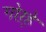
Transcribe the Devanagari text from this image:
गोऱ्हे